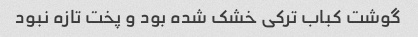
گوشت کباب ترکی خشک شده بود و پخت تازه نبود